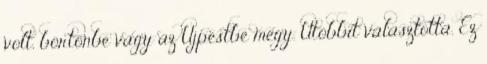
volt, börtönbe vagy az Újpestbe megy. Utóbbit választotta. Ez